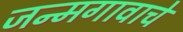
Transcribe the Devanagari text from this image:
जन्मगावाचे